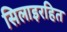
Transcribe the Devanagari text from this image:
सिलाइरहित